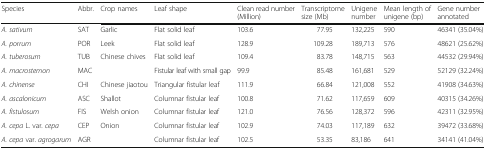
<table><thead><tr><td><b>Species</b></td><td><b>Abbr.</b></td><td><b>Crop names</b></td><td><b>Leaf shape</b></td><td><b>Clean read number (Million)</b></td><td><b>Transcriptome size (Mb)</b></td><td><b>Unigene number</b></td><td><b>Mean length of unigene (bp)</b></td><td><b>Gene number annotated</b></td></tr></thead><tbody><tr><td><i>A. sativum</i></td><td>SAT</td><td>Garlic</td><td>Flat solid leaf</td><td>103.6</td><td>77.95</td><td>132,225</td><td>590</td><td>46341 (35.04%)</td></tr><tr><td><i>A. porrum</i></td><td>POR</td><td>Leek</td><td>Flat solid leaf</td><td>128.9</td><td>109.28</td><td>189,713</td><td>576</td><td>48621 (25.62%)</td></tr><tr><td><i>A. tuberosum</i></td><td>TUB</td><td>Chinese chives</td><td>Flat solid leaf</td><td>109.4</td><td>83.78</td><td>148,715</td><td>563</td><td>44532 (29.94%)</td></tr><tr><td><i>A. macrostemon</i></td><td>MAC</td><td></td><td>Fistular leaf with small gap</td><td>99.9</td><td>85.48</td><td>161,681</td><td>529</td><td>52129 (32.24%)</td></tr><tr><td><i>A. chinense</i></td><td>CHI</td><td>Chinese jiaotou</td><td>Triangular fistular leaf</td><td>111.9</td><td>66.84</td><td>121,008</td><td>552</td><td>41908 (34.63%)</td></tr><tr><td><i>A. ascalonicum</i></td><td>ASC</td><td>Shallot</td><td>Columnar fistular leaf</td><td>100.8</td><td>71.62</td><td>117,659</td><td>609</td><td>40315 (34.26%)</td></tr><tr><td><i>A. fistulosum</i></td><td>FIS</td><td>Welsh onion</td><td>Columnar fistular leaf</td><td>121.0</td><td>76.56</td><td>128,372</td><td>596</td><td>42311 (32.95%)</td></tr><tr><td><i>A. cepa</i> L. var. <i>cepa</i></td><td>CEP</td><td>Onion</td><td>Columnar fistular leaf</td><td>102.9</td><td>74.03</td><td>117,189</td><td>632</td><td>39472 (33.68%)</td></tr><tr><td><i>A. cepa</i> var. <i>agrogarum</i></td><td>AGR</td><td></td><td>Columnar fistular leaf</td><td>102.5</td><td>53.35</td><td>83,186</td><td>641</td><td>34141 (41.04%)</td></tr></tbody></table>